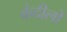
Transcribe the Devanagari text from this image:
कंदीलों